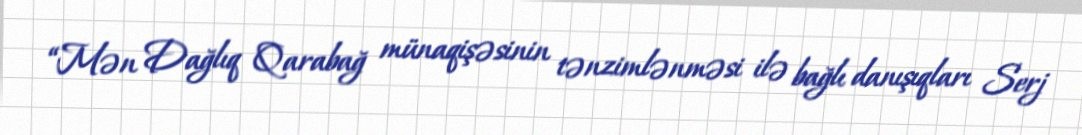
“Mən Dağlıq Qarabağ münaqişəsinin tənzimlənməsi ilə bağlı danışıqları Serj